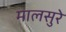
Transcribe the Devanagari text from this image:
मालसुरे